Madras plague regulations and rules - Volume 2
Disease focus: Plague
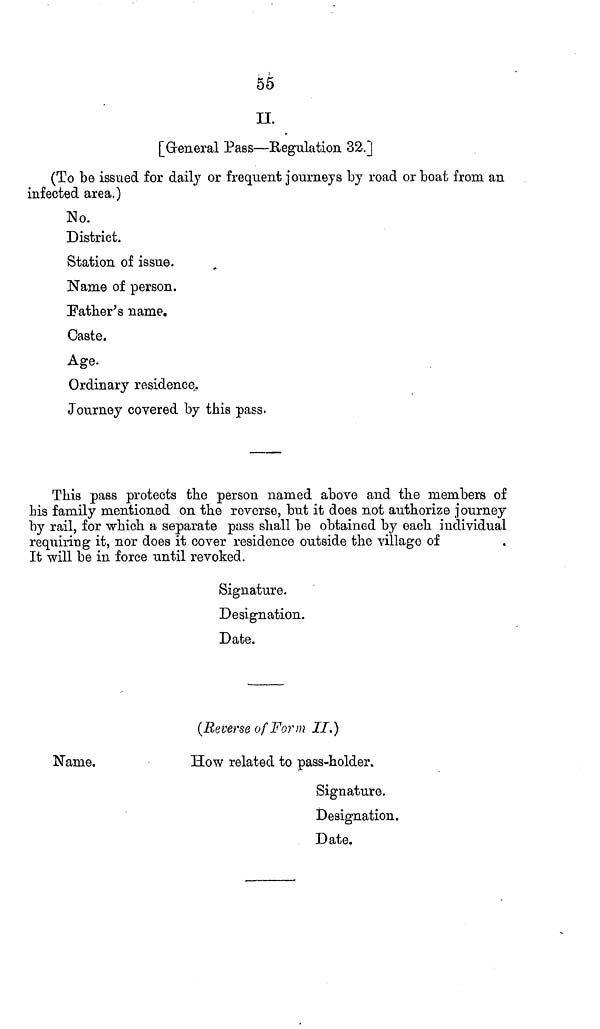
55
II.
[Greneral Pass—Regulation 32.]
(To be issued for daily or frequent journeys by road or boat from an
infected area.)
No.
District.
Station of issue.
Name of person.
Father's name.
Caste.
Age.
Ordinary residence.
Journey covered by this pass.
This pass protects the person named above and the members of
Ms family mentioned on the reverse, but it does not authorize journey
by rail, for which a separate pass shall be obtained by each individual
requiring it, nor does it cover residence outside the village of
It will be in force until revoked.
Signature.
Designation.
Date.
(Reverse of Form II.)
Name.
How related to pass-holder.
Signature.
Designation.
Date.